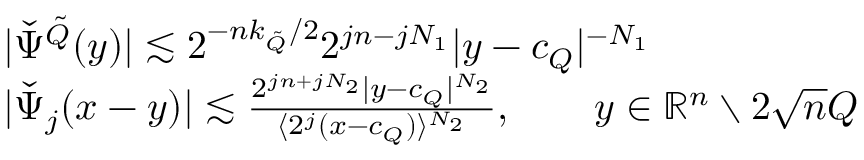
\begin{array} { r l } & { | \check { \Psi } ^ { \tilde { Q } } ( y ) | \lesssim 2 ^ { - n k _ { \tilde { Q } } / 2 } 2 ^ { j n - j N _ { 1 } } | y - c _ { Q } | ^ { - N _ { 1 } } } \\ & { | \check { \Psi } _ { j } ( x - y ) | \lesssim \frac { 2 ^ { j n + j N _ { 2 } } | y - c _ { Q } | ^ { N _ { 2 } } } { \langle 2 ^ { j } ( x - c _ { Q } ) \rangle ^ { N _ { 2 } } } , \qquad y \in \mathbb { R } ^ { n } \setminus 2 \sqrt n Q } \end{array}